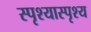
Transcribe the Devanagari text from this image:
स्पृश्‍यास्पृश्‍य